Madras plague regulations in force outside the Presidency town - Volume 3
Disease focus: Plague
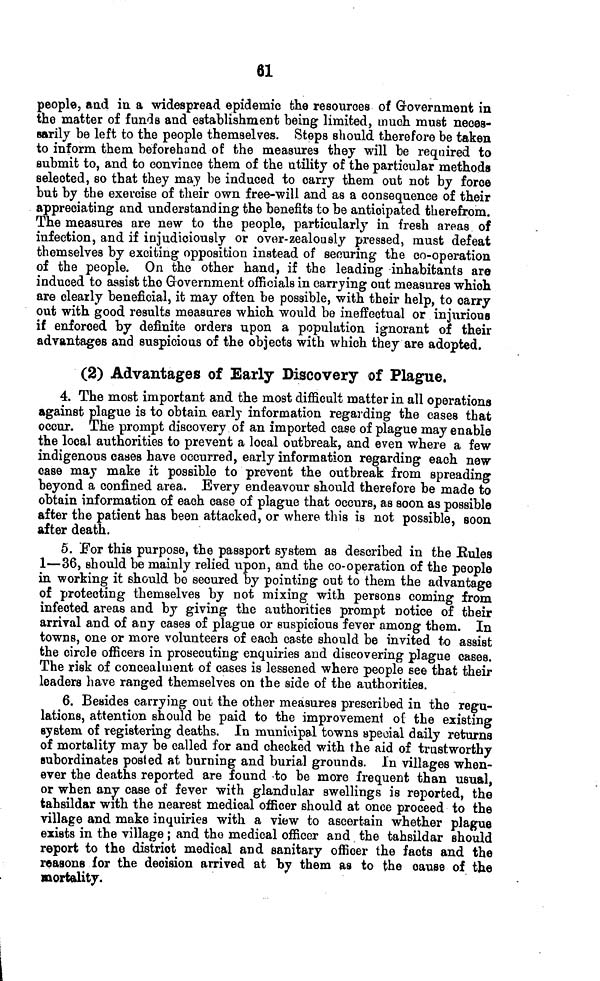
61
people, and in. a widespread epidemic the resources of Grovernment in
the matter of funds and establishment being- limited, much must neces-
sarily be left to the people themselves. Steps should therefore be taken
to inform them beforehand of the measures they will be required to
submit to, and to convince them of the utility of the particular methods
selected, so that they may be induced to carry them out not by force
but by the exercise of their own free-will and as a consequence of their
appreciating and understanding the benefits to be anticipated therefrom.
The measures are new to the people, particularly in fresh areas of
infection, and if injudiciously or o ver-zealously pressed, must defeat
themselves by exciting opposition instead of securing the co-operation
of the people. On the other hand, if the leading inhabitants are
induced to assist the Government officials in carrying out measures which
are clearly beneficial, it may often be possible, with their help, to carry
out with good results measures which would be ineffectual or injurious
if enforced by definite orders upon a population ignorant of their
advantages and suspicious of the objects with which they are adopted.
(2) Advantages of Early Discovery of Plague.
4. The most important and the most difficult matter in all operations
against plague is to obtain early information regarding the cases that
occur. The prompt discovery of an imported case of plague may enable
the local authorities to prevent a local outbreak, and even where a few
indigenous cases have occurred, early information regarding each new
case may make it possible to prevent the outbreak from spreading
beyond a confined area. Every endeavour should therefore be made to
obtain information of each case of plague that occurs, as soon as possible
after the patient has been attacked, or where this is not possible, soon
after death.
5. For this purpose, the passport system as described in the Bules
1—36, should be mainly relied upon, and the co-operation of the people
in working it should be secured by pointing out to them the advantage
of protecting themselves by not mixing with persons coming from
infected areas and by giving the authorities prompt notice of their
arrival and of any cases of plague or suspicious fever among them. In
towns, one or more volunteers of each caste should be invited to assist
the circle officers in prosecuting enquiries and discovering plague cases.
The risk of concealment of cases is lessened where people see that their
leaders have ranged themselves on the side of the authorities.
6. Besides carrying out the other measures prescribed in the regu-
lations, attention should be paid to the improvement oí the existing
system of registering deaths. In municipal towns special daily returns
of mortality may be called for and checked with the aid of trustworthy
subordinates posted at burning and burial grounds. In villages when-
ever the deaths reported are found to be more frequent than usual,
or when any case of fever with glandular swellings is reported, the
tahsildar with the nearest medical officer should at once proceed to the
village and make inquiries with a view to ascertain whether plague
exists in the village ; and the medical officer and the tahsildar should
report to the district medical and sanitary officer the facts and the
reasons for the decision arrived at by them as to the cause of the
mortality.